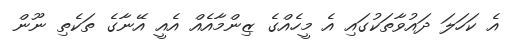
އެ ކަހަލަ ދައުވާތަކުގައި އެ މީހެއްގެ ޒިންމާއެއް އެއީ އޭނާގެ ތަކެތި ނޫން